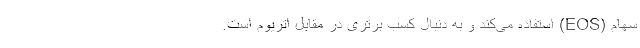
سهام (EOS) استفاده می‌کند و به دنبال کسب برتری در مقابل اتریوم است.